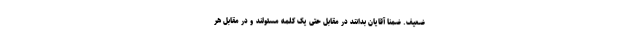
ضعیف. ضمنا آقایان بدانند در مقابل حتی یک کلمه مسئولند و در مقابل هر